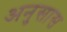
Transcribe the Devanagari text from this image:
अनुसास